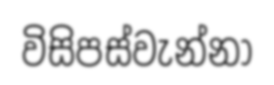
විසිපස්වැන්නා